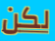
لكن